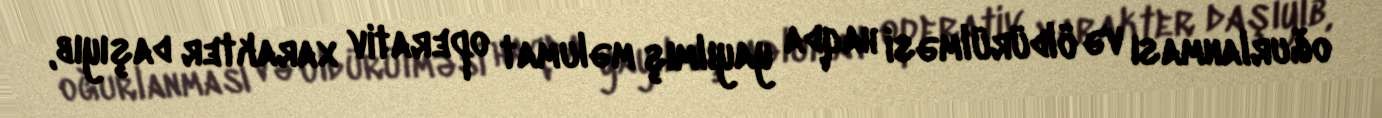
oğurlanması və öldürülməsi haqda yayılmış məlumat operativ xarakter daşıyıb,